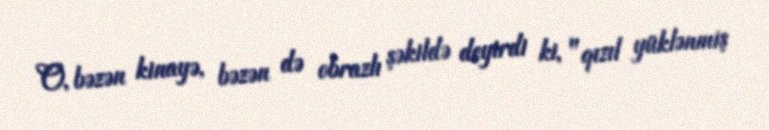
O, bəzən kinayə, bəzən də obrazlı şəkildə deyirdi ki, "qızıl yüklənmiş